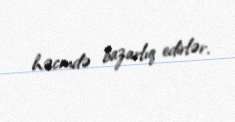
həcmdə bazarlıq edirlər.